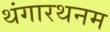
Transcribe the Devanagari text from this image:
थंगारथनम